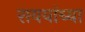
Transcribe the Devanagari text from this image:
राययांच्या